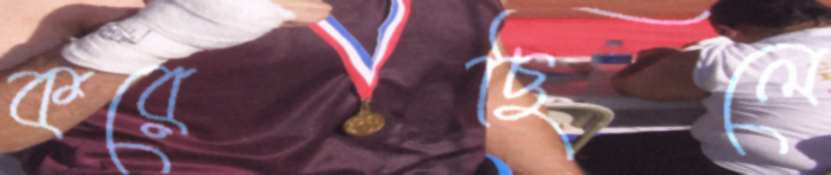
করেছিলে